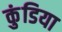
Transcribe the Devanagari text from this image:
कुंडिया